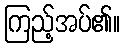
ကြည့်အပ်၏။